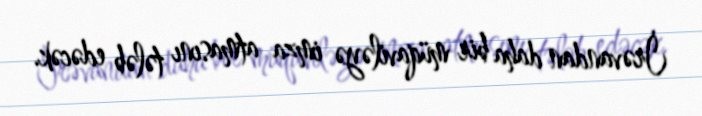
İrəvandan daha bir müqaviləyə imza atmasını tələb edəcək.